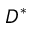
D ^ { * }